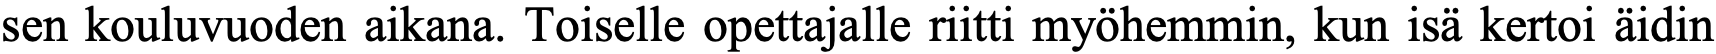
sen kouluvuoden aikana. Toiselle opettajalle riitti myöhemmin, kun isä kertoi äidin